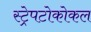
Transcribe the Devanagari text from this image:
स्ट्रेपटोकोकल